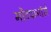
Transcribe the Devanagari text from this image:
मोंटपार्नासे